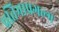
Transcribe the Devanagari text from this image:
प्रतिभाप्रगल्भ